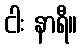
ငါး နာရီ။